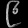
Digit: ၉